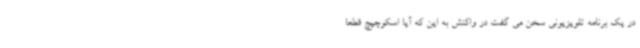
در یک برنامه تلویزیونی سخن می گفت در واکنش به این که آیا اسکوچیچ قطعا